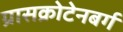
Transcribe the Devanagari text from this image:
ग्रासक्रोटेनबर्ग